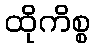
ထိုကိစ္စ